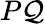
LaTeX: P\mathcal{Q}